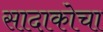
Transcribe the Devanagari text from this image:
सादाकोचा